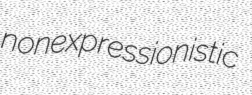
nonexpressionistic